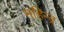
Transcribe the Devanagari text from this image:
महिन्द्र